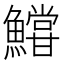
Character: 𩼝